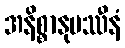
အနိစ္စာနုပဿီနံ